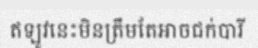
ឥឡូវនេះមិនត្រឹមតែអាចជក់បារី